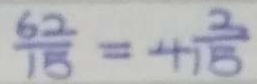
\frac { 6 2 } { 1 8 } = 4 \frac { 2 } { 1 5 }